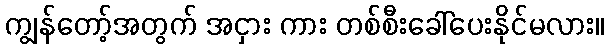
ကျွန်တော့်အတွက် အငှား ကား တစ်စီးခေါ်ပေးနိုင်မလား။